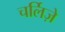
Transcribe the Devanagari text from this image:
चर्लिज़े